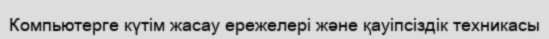
Компьютерге күтім жасау ережелері және қауіпсіздік техникасы